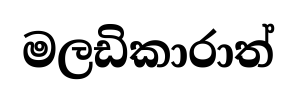
මලඩිකාරාත්